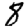
Digit: 8